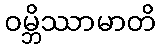
ဝမ္ဘိဿာမာတိ